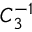
C _ { 3 } ^ { - 1 }